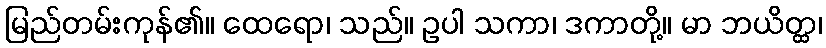
မြည်တမ်းကုန်၏။ ထေရော၊ သည်။ ဥပါ သကာ၊ ဒကာတို့။ မာ ဘယိတ္ထ၊